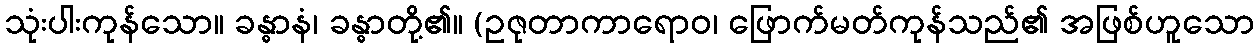
သုံးပါးကုန်သော။ ခန္ဓာနံ၊ ခန္ဓာတို့၏။ (ဥဇုတာကာရောဝ၊ ဖြောက်မတ်ကုန်သည်၏ အဖြစ်ဟူသော